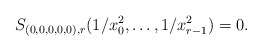
\begin{align*}S_{(0,0,0,0,0),r} (1/x_0^2, \ldots, 1/x_{r-1}^2 ) =0.\end{align*}